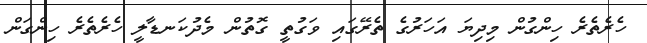
ހެރެތެރެ ހިންގުން މިދިޔަ އަހަރުގެ ތެރޭގައި ވަގުތީ ގޮތުން މެދުކަނޑާލީ ހެރެތެރެ ހިންގަން